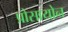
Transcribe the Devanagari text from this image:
प्रोसायोन